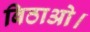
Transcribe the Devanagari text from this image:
बिठाओ।